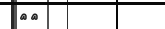
٥٠